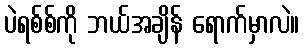
ပဲရစ်စ်ကို ဘယ်အချိန် ရောက်မှာလဲ။